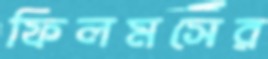
ফিলমসের